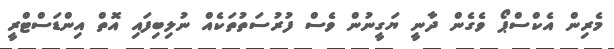
މެރިން އެކްސްޕޯ ވެގެން ދާނީ ޔަގީނުން ވެސް ފުރުސަތުތަކެއް ނުލިބިފައި އޮތް އިންޑަސްޓްރީ